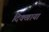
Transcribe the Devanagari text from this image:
दिक्खाया